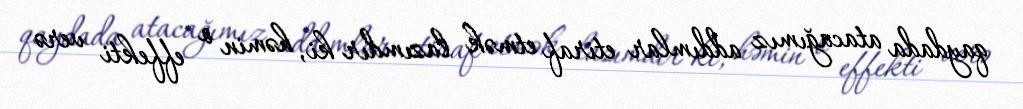
qaydada atacağımız addımlar etiraf etmək lazımdır ki, həmin o effekti verə